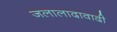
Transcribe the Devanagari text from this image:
जलालादावादी